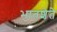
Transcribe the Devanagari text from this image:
भातशेते